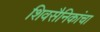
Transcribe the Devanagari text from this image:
शिवसैनिकांचा